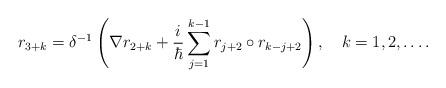
LaTeX: \begin{align*}r_{3+k}=\delta ^{-1}\left( \nabla r_{2+k}+\frac i\hbar\sum\limits_{j=1}^{k-1}r_{j+2}\circ r_{k-j+2}\right) ,\quad k=1,2,\ldots .\end{align*}